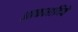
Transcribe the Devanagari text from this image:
आकाशदिवे